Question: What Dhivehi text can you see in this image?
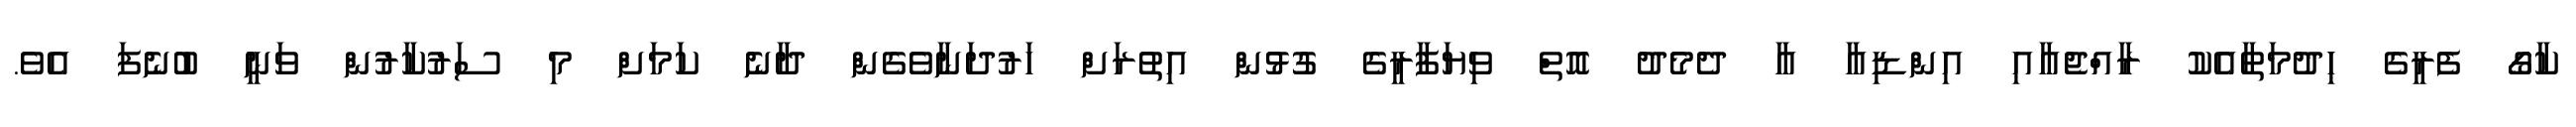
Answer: ކާގޯ ފެރީގެ ހިދުމަތާއެކު ރާއްޖެއާއި އިންޑިއާ އާ ދެމެދު އޮތް ވިޔަފާރީގެ ގުޅުން އިތުރަށް ހަރުދަނާވެގެން ދާނެ ކަމަށް މި ސަރުކާރުން ވަނީ ބުނެފަ އެވެ.